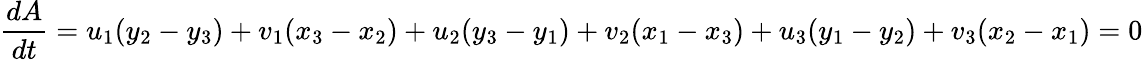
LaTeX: \frac{dA}{dt}=u_{1}(y_{2}-y_{3})+v_{1}(x_{3}-x_{2})+u_{2}(y_{3}-y_{1})+v_{2}(x_{1}-x_{3})+u_{3}(y_{1}-y_{2})+v_{3}(x_{2}-x_{1})=0